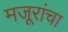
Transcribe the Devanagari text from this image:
मजूरांचा